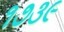
૧૭૩૯